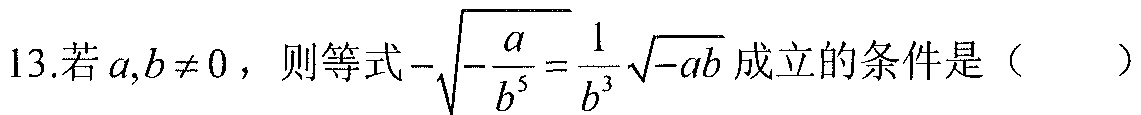
13.若\(a,b\neq 0\)，则等式\(-\sqrt{-\frac{a}{b^{5}}}=\frac{1}{b^{3}}\sqrt{-ab}\)成立的条件是（  ）